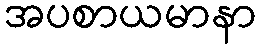
အပစာယမာနာ